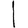
Digit: 1